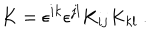
K = \epsilon ^ { i k } \epsilon ^ { j l } K _ { i j } K _ { k l } \ .